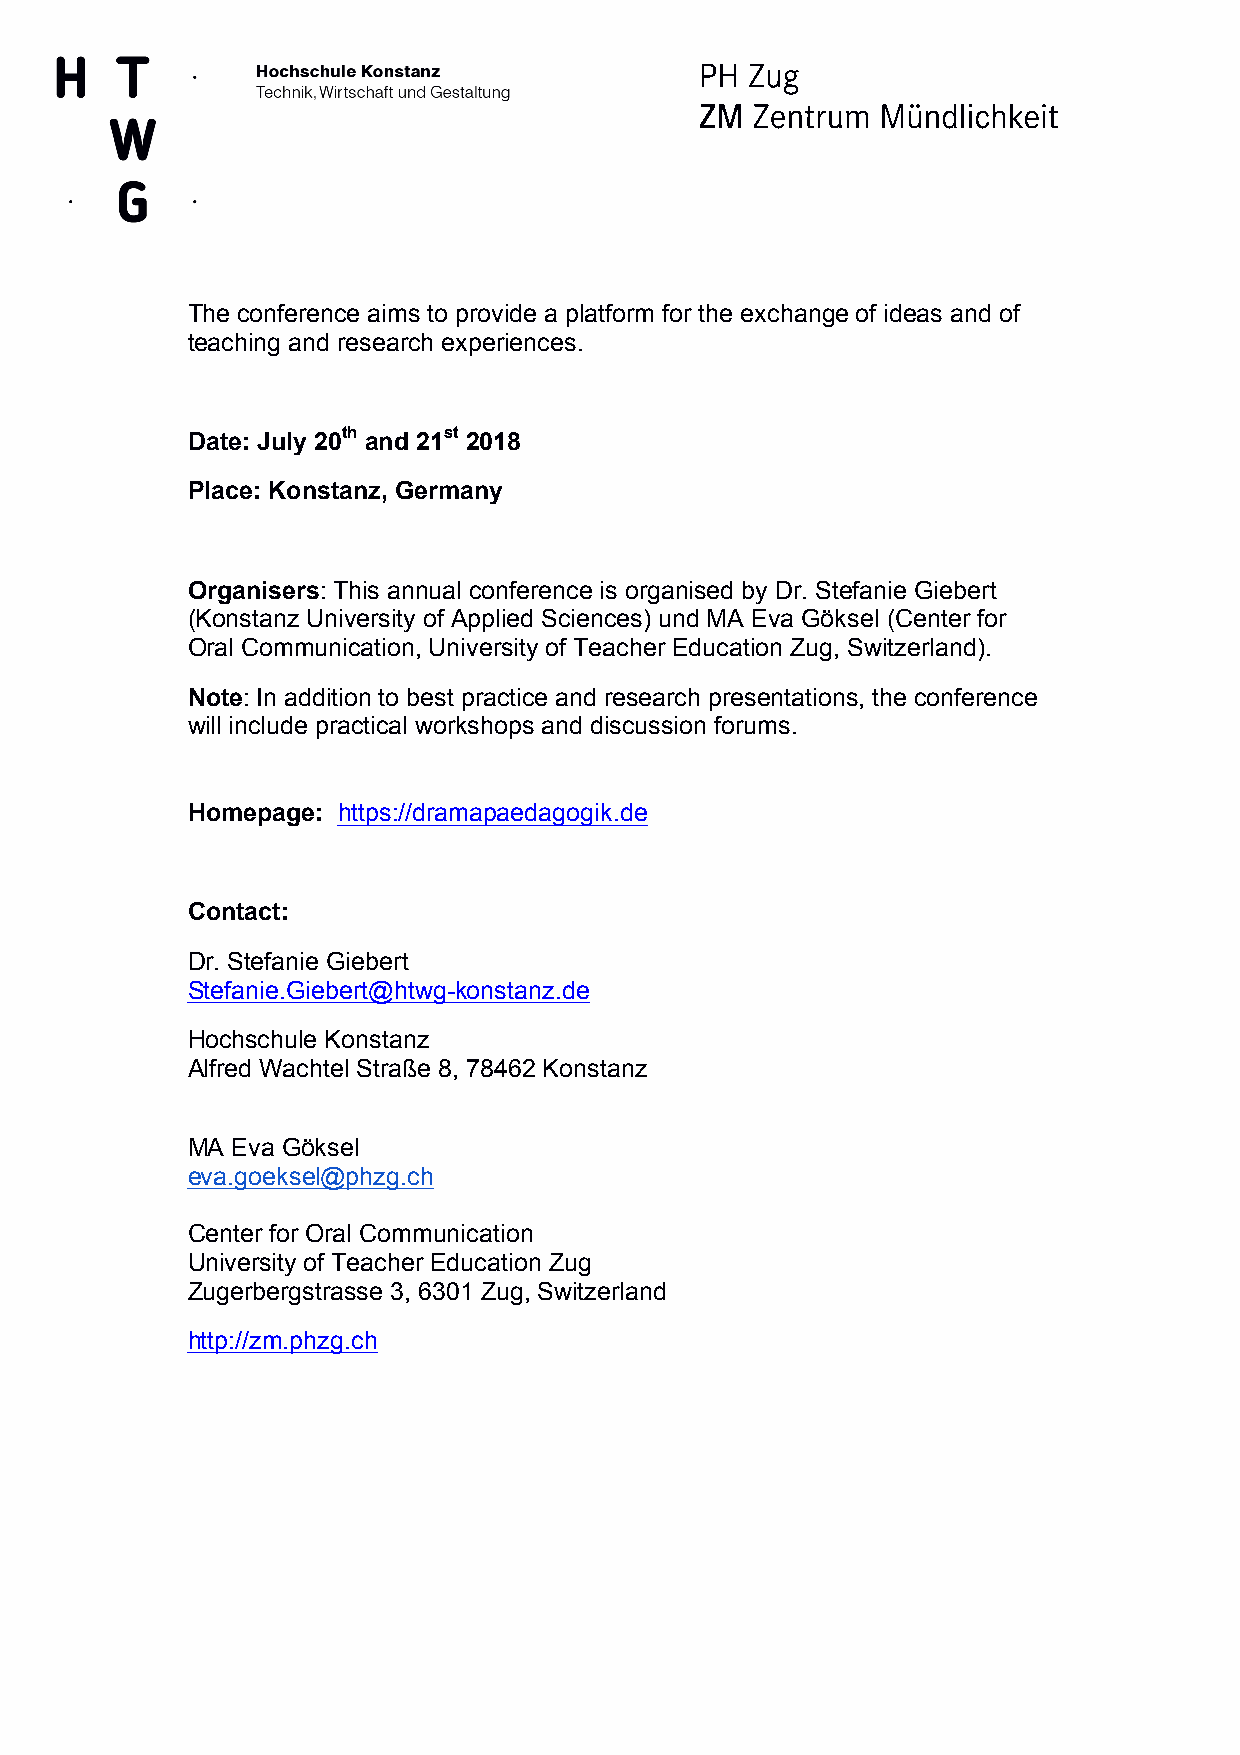
The conference aims to provide a platform for the exchange of ideas and of
 teaching and research experiences.
 Date: July 20th and 21st 2018
 Place: Konstanz, Germany
 Organisers: This annual conference is organised by Dr. Stefanie Giebert
 (Konstanz University of Applied Sciences) und MA Eva Göksel (Center for
 Oral Communication, University of Teacher Education Zug, Switzerland).
 Note: In addition to best practice and research presentations, the conference
 will include practical workshops and discussion forums.
 Homepage: https://dramapaedagogik.de
 Contact:
 Dr. Stefanie Giebert
 Stefanie.Giebert@htwg-konstanz.de
 Hochschule Konstanz
 Alfred Wachtel Straße 8, 78462 Konstanz
 MA Eva Göksel
 eva.goeksel@phzg.ch
 Center for Oral Communication
 University of Teacher Education Zug
 Zugerbergstrasse 3, 6301 Zug, Switzerland
 http://zm.phzg.ch